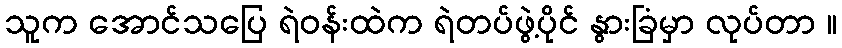
သူက အောင်သပြေ ရဲဝန်းထဲက ရဲတပ်ဖွဲ့ပိုင် နွားခြံမှာ လုပ်တာ ။